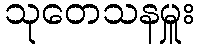
သုတေသနမှူး